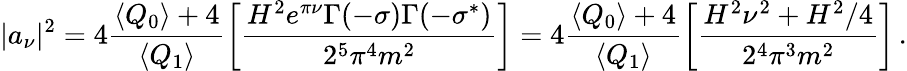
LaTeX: \vert a_{\nu}\vert^{2}=4\frac{\langle Q_{0}\rangle+4}{\langle Q_{1}\rangle}\left[\frac{H^{2}e^{\pi\nu}\Gamma(-\sigma)\Gamma(-\sigma^{*})}{2^{5}\pi^{4}m^{2}}\right]=4\frac{\langle Q_{0}\rangle+4}{\langle Q_{1}\rangle}\left[\frac{H^{2}\nu^{2}+H^{2}/4}{2^{4}\pi^{3}m^{2}}\right]\, .